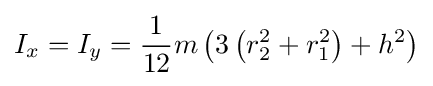
I_{x}=I_{y}={\frac {1}{12}}m\left(3\left(r_{2}^{2}+r_{1}^{2}\right)+h^{2}\right)